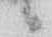
候